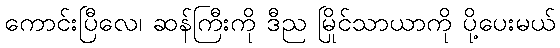
ကောင်းပြီလေ၊ ဆန်ကြီးကို ဒီည မြိုင်သာယာကို ပို့ပေးမယ်